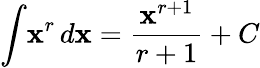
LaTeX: \int\! \mathbf{x}^{r}\, d\mathbf{x}={\frac{{\mathbf{x}^{r+1}}}{{r+1}}}+C